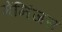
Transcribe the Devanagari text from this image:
मेंनिंजस